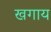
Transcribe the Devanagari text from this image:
खगाय